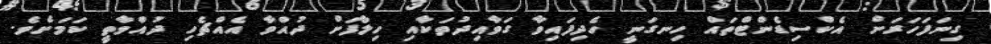
ގިނަފަހަރަށް އެކްސިޑެންޓްތައް ހިނގަނީ ހެދިފައިވާ ގަވާއިދުތަކާއި ހިލާފަށް ދުއްވާ އެއްޗެހި ދުއްވާތީ ކަމަށެވެ.